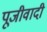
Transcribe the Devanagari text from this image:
पूजीवादी